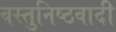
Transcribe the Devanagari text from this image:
वस्तुनिष्ठवादी